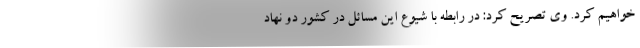
خواهیم کرد. وی تصریح کرد: در رابطه با شیوع این مسائل در کشور دو نهاد